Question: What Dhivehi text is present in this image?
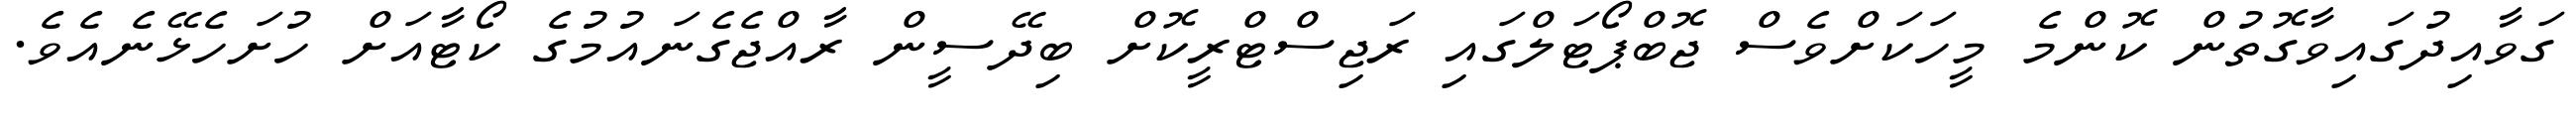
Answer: ގަވާއިދުގައިވާގޮތުން ކޮންމެ މީހަކަށްވެސް ޖޮބްޕޯޓަލްގައި ރަޖިސްޓްރީކޮށް ބިދޭސީން ރާއްޖެގެނައުމުގެ ކޯޓާއަށް ހުށަހެޅޭނެއެވެ.